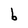
Character: b